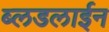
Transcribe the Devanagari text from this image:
ब्लडलाईन